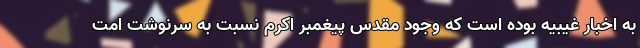
به اخبار غیبیه بوده است که وجود مقدس پیغمبر اکرم نسبت به سرنوشت امت